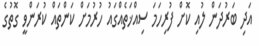
އަދި ބަރުދަން ލުއި ކޮށް ފުރިހަމަ ސިއްޚަތެއްގައު ހުރުމަށް ކަންތައް ކުރަންވީ ގޮތުގެ